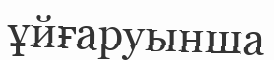
ұйғаруынша